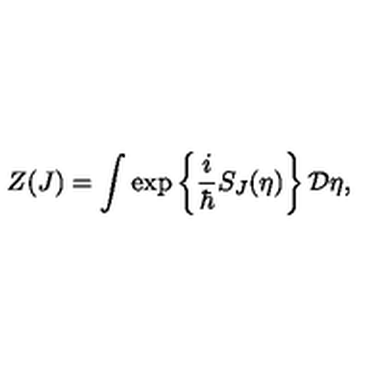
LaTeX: Z ( J ) = \int \exp \left\{ \frac { i } { \hbar } S _ { J } ( \eta ) \right\} { \bf { \cal D } } \eta ,